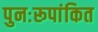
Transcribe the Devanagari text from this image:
पुनःरूपांकित